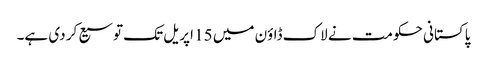
پاکستانی حکومت نے لاک ڈاؤن میں 15 اپریل تک توسیع کر دی ہے۔